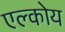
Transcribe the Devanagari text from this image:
एल्कोय